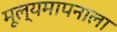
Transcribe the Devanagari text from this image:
मूल्यमापनाला